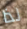
لذا